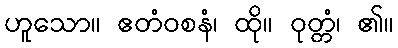
ဟူသော။ ဧတံဝစနံ၊ ထို။ ဝုတ္တံ၊ ၏။